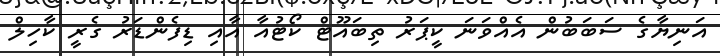
އަނިޔާގެ ސަބަބުން އެއްވަނަ ކީޕަރު ތިބައޫޓް ކޯޓުއާ އާއި ޑިފެންޑަރު ގެރީ ކާހިލް